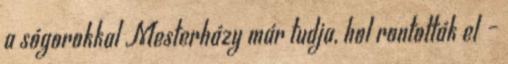
a sógorokkal Mesterházy már tudja, hol rontották el –